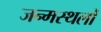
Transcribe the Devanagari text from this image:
जन्मस्थलों